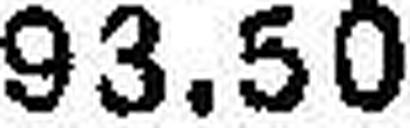
93.50